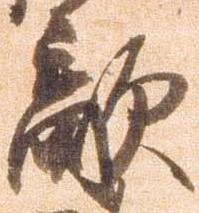
敵